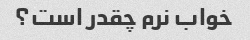
خواب نرم چقدر است؟